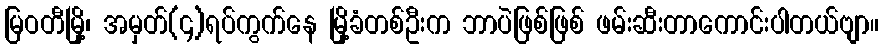
မြဝတီမြို့၊ အမှတ်(၄)ရပ်ကွက်နေ မြို့ခံတစ်ဦးက ဘာပဲဖြစ်ဖြစ် ဖမ်းဆီးတာကောင်းပါတယ်ဗျာ။